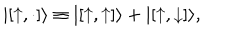
LaTeX: | [ { \uparrow } , \cdot ] \rangle \equiv | [ { \uparrow } , { \uparrow } ] \rangle + | [ { \uparrow } , { \downarrow } ] \rangle ,